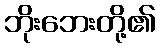
ဘိုးဘေးတို့၏